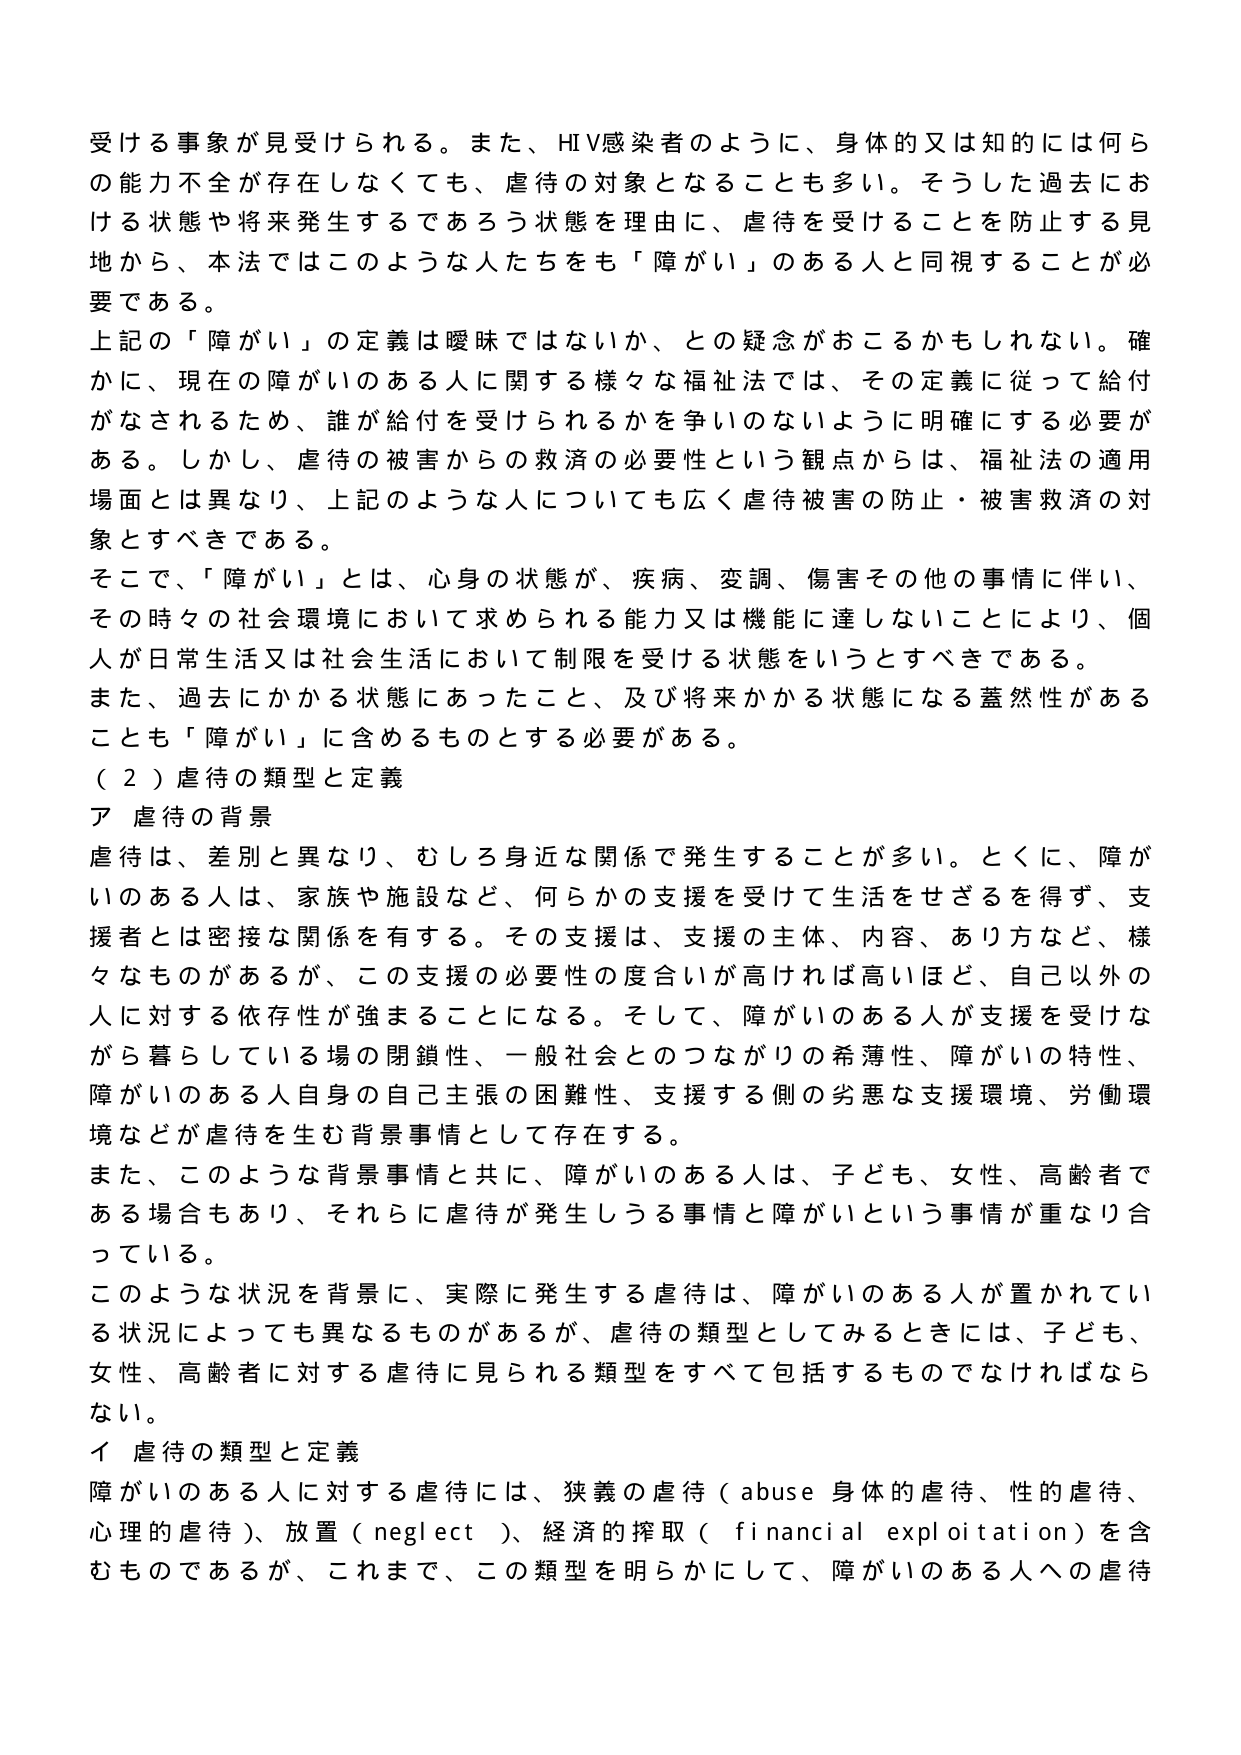
受ける事象が見受けられる。また、HIV感染者のように、身体的又は知的には何らの能力不全が存在しなくても、虐待の対象となることも多い。そうした過去における状態や将来発生するであろう状態を理由に、虐待を受けることを防止する見地から、本法ではこのような人たちをも「障がい」のある人と同視することが必要である。

上記の「障がい」の定義は曖昧ではないか、との疑念がおこるかもしれない。確かに、現在の障がいのある人に関する様々な福祉法では、その定義に従って給付がなされるため、誰が給付を受けられるかを争いのないように明確にする必要がある。しかし、虐待の被害からの救済の必要性という観点からは、福祉法の適用場面とは異なり、上記のような人についても広く虐待被害の防止・被害救済の対象とすべきである。

そこで、「障がい」とは、心身の状態が、疾病、変調、傷害その他の事情に伴い、その時々の社会環境において求められる能力又は機能に達しないことにより、個人が日常生活又は社会生活において制限を受ける状態をいうとすべきである。また、過去にかかる状態にあったこと、及び将来かかる状態になる蓋然性があることも「障がい」に含めるものとする必要がある。

（２）虐待の類型と定義

ア 虐待の背景

虐待は、差別と異なり、むしろ身近な関係で発生することが多い。とくに、障がいのある人は、家族や施設など、何らかの支援を受けて生活をせざるを得ず、支援者とは密接な関係を有する。その支援は、支援の主体、内容、あり方など、様々なものがあるが、この支援の必要性の度合いが高ければ高いほど、自己以外の人に対する依存性が強まることになる。そして、障がいのある人が支援を受けながら暮らしている場の閉鎖性、一般社会とのつながりの希薄性、障がいの特性、障がいのある人自身の自己主張の困難性、支援する側の劣悪な支援環境、労働環境などが虐待を生む背景事情として存在する。

また、このような背景事情と共に、障がいのある人は、子ども、女性、高齢者である場合もあり、それらに虐待が発生しうる事情と障がいという事情が重なり合っている。

このような状況を背景に、実際に発生する虐待は、障がいのある人が置かれている状況によっても異なるものがあるが、虐待の類型としてみるときには、子ども、女性、高齢者に対する虐待に見られる類型をすべて包括するものでなければならない。

イ 虐待の類型と定義

障がいのある人に対する虐待には、狭義の虐待（abuse 身体的虐待、性的虐待、心理的虐待）、放置（neglect）、経済的搾取（financial exploitation）を含むものであるが、これまで、この類型を明らかにして、障がいのある人への虐待